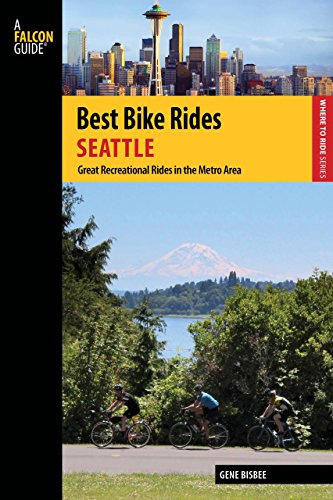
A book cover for Best Bike Rides Seattle: Great Recreational Rides in the Metro Area (Best Bike Rides Series); Gene Bisbee; Travel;